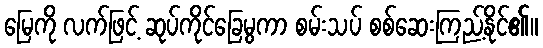
မြေကို လက်ဖြင့် ဆုပ်ကိုင်ခြေမွကာ စမ်းသပ် စစ်ဆေးကြည့်နိုင်၏။